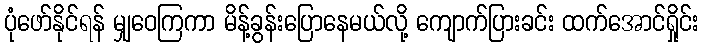
ပုံဖော်နိုင်ရန် မျှဝေကြကာ မိန့်ခွန်းပြောနေမယ်လို့ ကျောက်ပြားခင်း ထက်အောင်ရှိုင်း